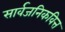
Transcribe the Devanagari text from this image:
सार्वजनिकवित्त